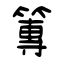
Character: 篿